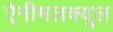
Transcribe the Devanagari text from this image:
ऐनीमलक्यूल